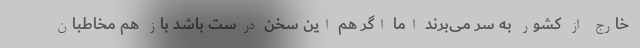
خارج از کشور به سر می‌برند اما اگر هم این سخن درست باشد باز هم مخاطبان